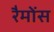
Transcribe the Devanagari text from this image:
रैमोंस